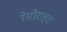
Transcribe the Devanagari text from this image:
रेसोराइट